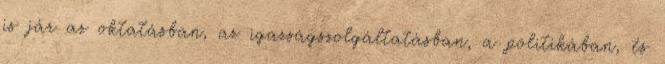
is jár az oktatásban, az igazságszolgáltatásban, a politikában, és